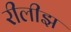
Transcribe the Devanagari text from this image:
रीलीझ